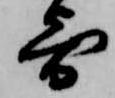
寄